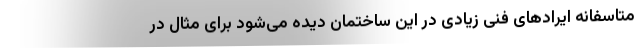
متاسفانه ایرادهای فنی زیادی در این ساختمان دیده می‌شود برای مثال در